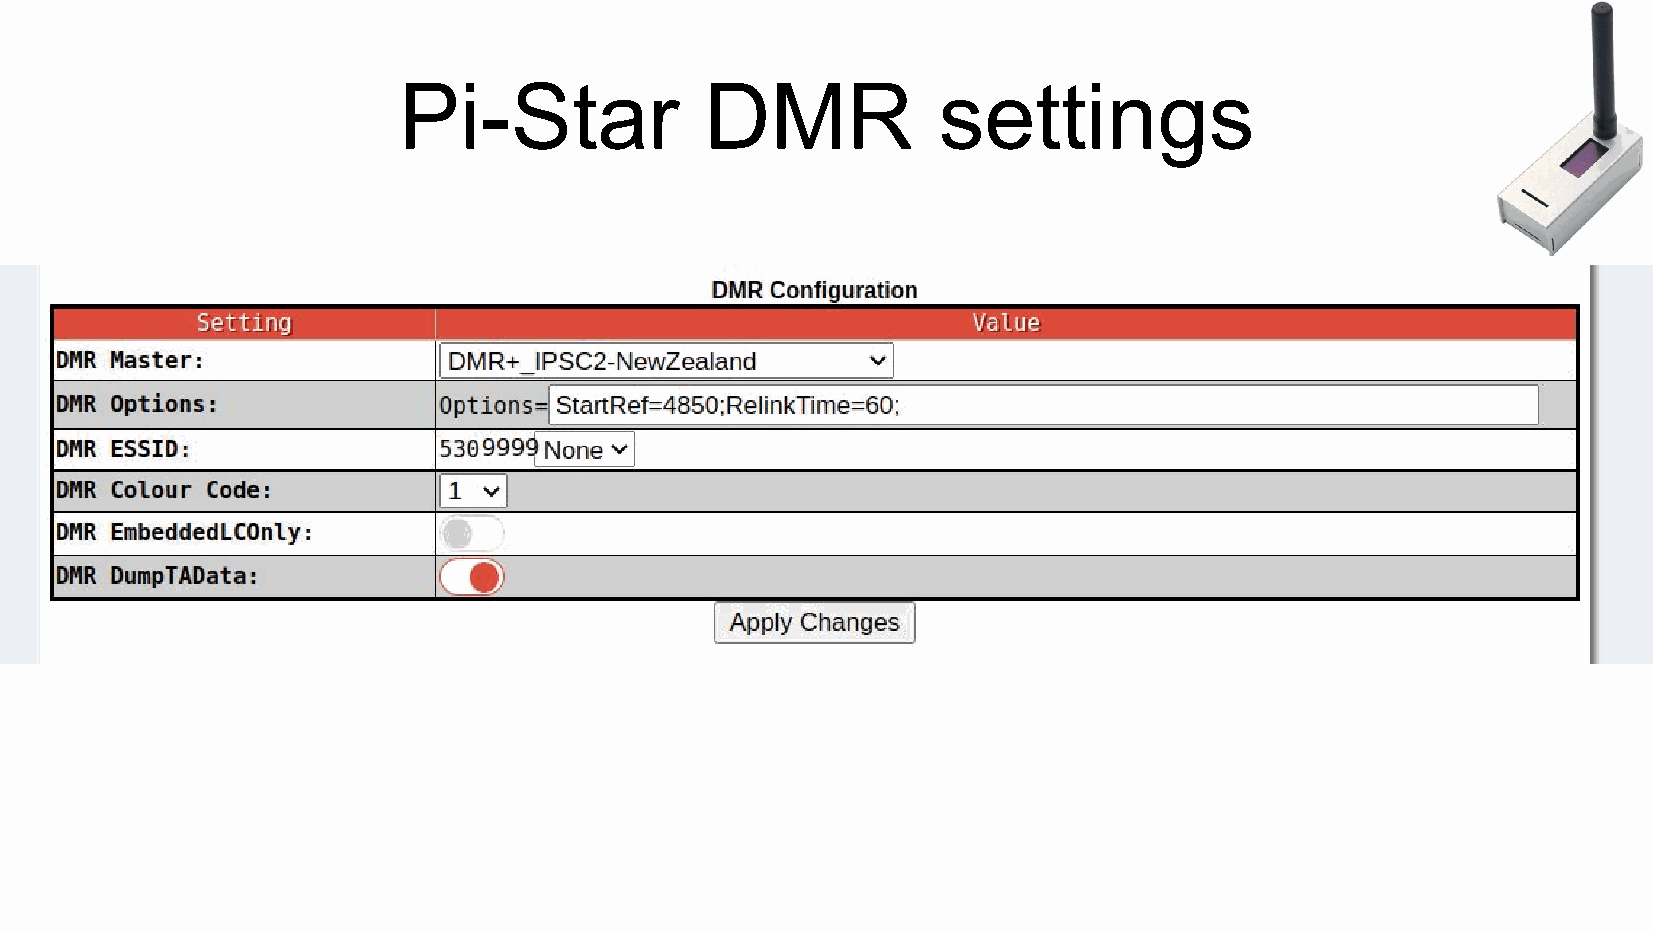
Pi-Star              DMR            settings